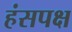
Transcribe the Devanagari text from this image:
हंसपक्ष